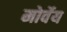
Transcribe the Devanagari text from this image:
मोर्वेय